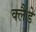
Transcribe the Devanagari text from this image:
क्लैडे